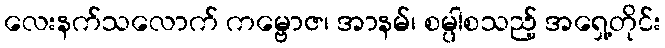
လေးနက်သလောက် ကမ္ဗောဇ၊ အာနမ်၊ စမ္ပါစသည့် အရှေ့တိုင်း